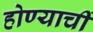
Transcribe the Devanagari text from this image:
होण्याचीं